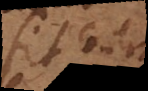
fit contra